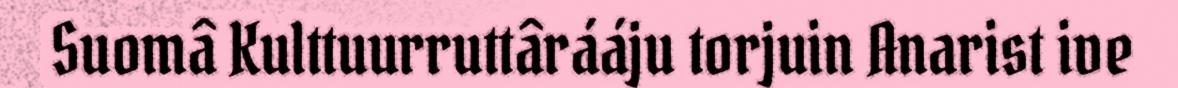
Suomâ Kulttuurruttârááju torjuin Anarist ive